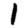
Digit: 1